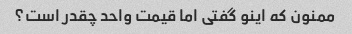
ممنون که اینو گفتی اما قیمت واحد چقدر است؟